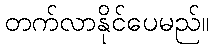
တက်လာနိုင်ပေမည်။